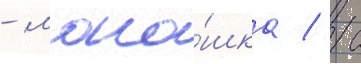
- мона́шка / с